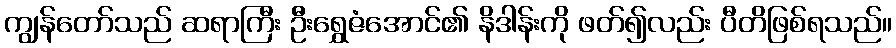
ကျွန်တော်သည် ဆရာကြီး ဦးရွှေဇံအောင်၏ နိဒါန်းကို ဖတ်၍လည်း ပီတိဖြစ်ရသည်။